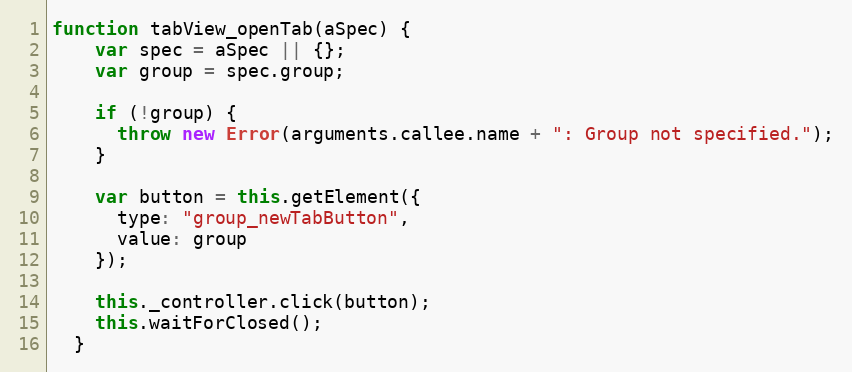
Language: JavaScript
function tabView_openTab(aSpec) {
    var spec = aSpec || {};
    var group = spec.group;

    if (!group) {
      throw new Error(arguments.callee.name + ": Group not specified.");
    }

    var button = this.getElement({
      type: "group_newTabButton",
      value: group
    });

    this._controller.click(button);
    this.waitForClosed();
  }